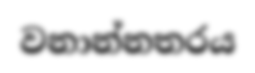
වනාන්නතරය